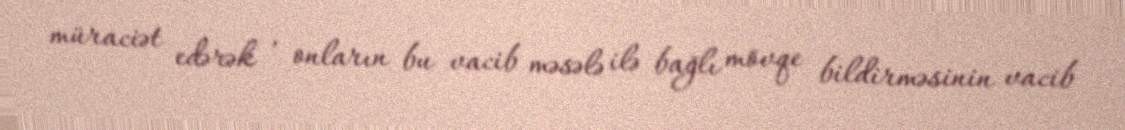
müraciət edərək , onların bu vacib məsələ ilə bağlı mövqe bildirməsinin vacib